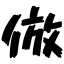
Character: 倣